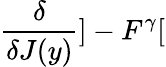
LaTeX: \frac{\delta}{\delta J(y)}]-F^{\gamma}[